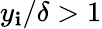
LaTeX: y_{\mathbf{i}}/\delta>1